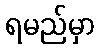
ရမည်မှာ